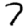
Digit: 7